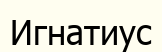
Игнатиус